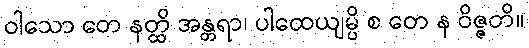
ဝါသော တေ နတ္ထိ အန္တရာ၊ ပါထေယျမ္ပိ စ တေ န ဝိဇ္ဇတိ။